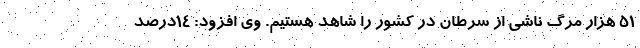
۵۱ هزار مرگ ناشی از سرطان در کشور را شاهد هستیم. وی افزود: ۱۴درصد